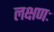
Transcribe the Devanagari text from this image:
लक्षणः